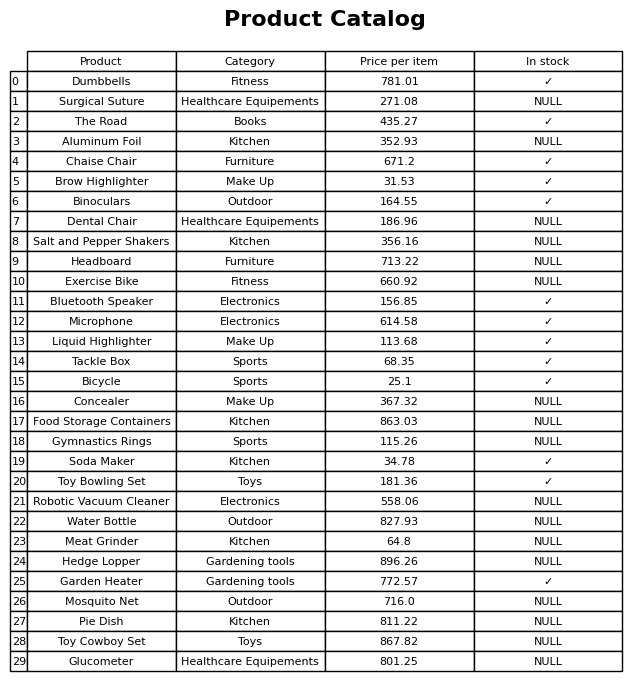
question: What is the price for Hedge Lopper?
answer: The price of Hedge Lopper is 896.26.